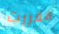
فقررت